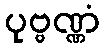
ပုဗ္ဗဏ္ဏံ